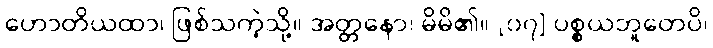
ဟောတိယထာ၊ ဖြစ်သကဲ့သို့။ အတ္တနော၊ မိမိ၏။ [၀၇] ပစ္စယဘူတေပိ၊